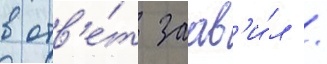
в отв'е́т заав'и́л /